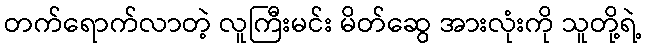
တက်ရောက်လာတဲ့ လူကြီးမင်း မိတ်ဆွေ အားလုံးကို သူတို့ရဲ့